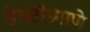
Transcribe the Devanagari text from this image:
शेपटीप्रमाणे